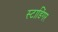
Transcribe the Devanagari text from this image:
स्टाडिंगर